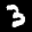
Label: 3